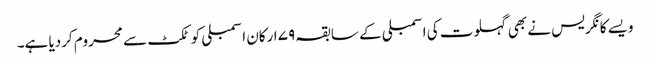
ویسے کانگریس نے بھی گہلوت کی اسمبلی کے سابقہ ۷۹ ارکان اسمبلی کو ٹکٹ سے محروم کردیا ہے۔